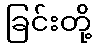
ခြင်းတို့